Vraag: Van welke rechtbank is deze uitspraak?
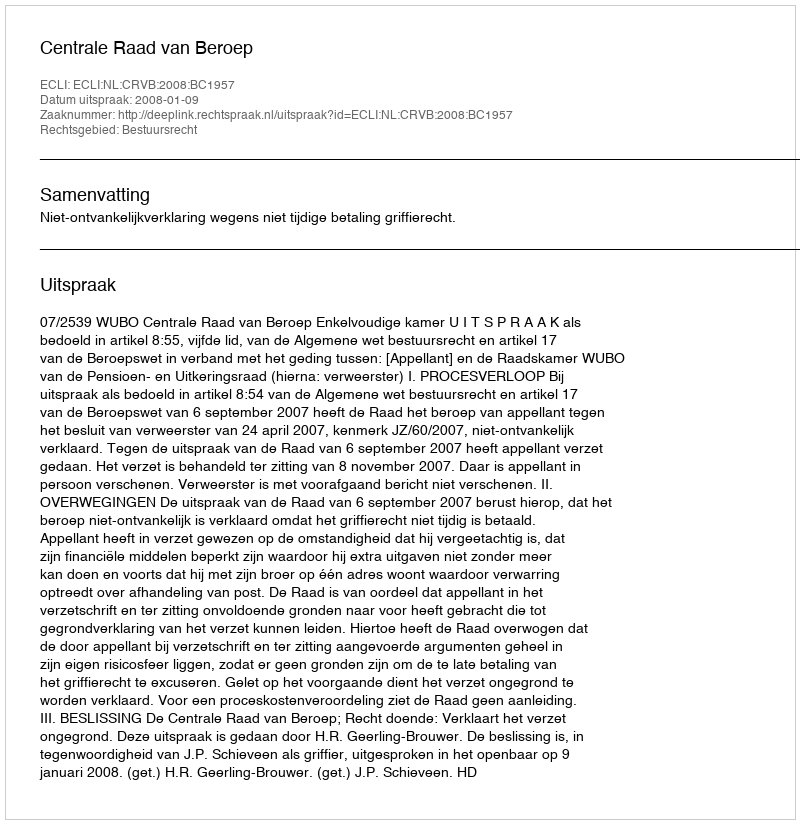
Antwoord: Centrale Raad van Beroep